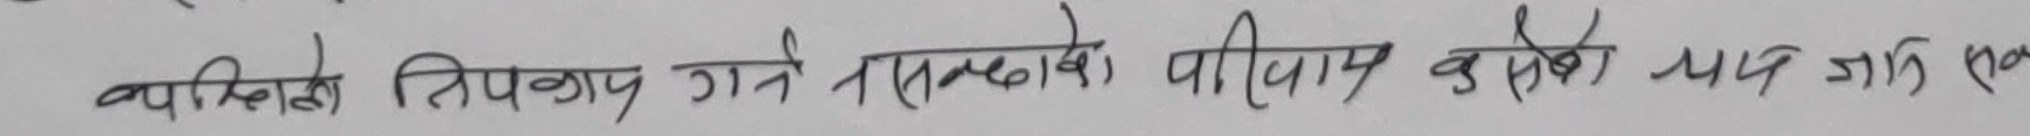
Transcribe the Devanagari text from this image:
व्यक्तीको तिपकक्ष गर्न सम्बन्धको परिणाम कस्तो भएर जान्छ एक